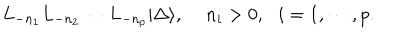
LaTeX: L _ { - n _ { 1 } } L _ { - n _ { 2 } } \cdots L _ { - n _ { p } } | \Delta \rangle , \, \, \, \, \, \, \, n _ { i } > 0 , \, \, \, \, i = 1 , \cdots , p .